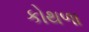
કોથળા